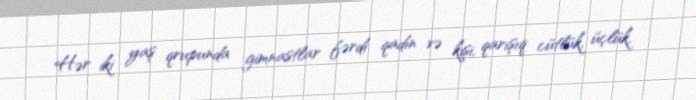
Hər iki yaş qrupunda gimnastlar fərdi qadın və kişi, qarışıq cütlük, üçlük,